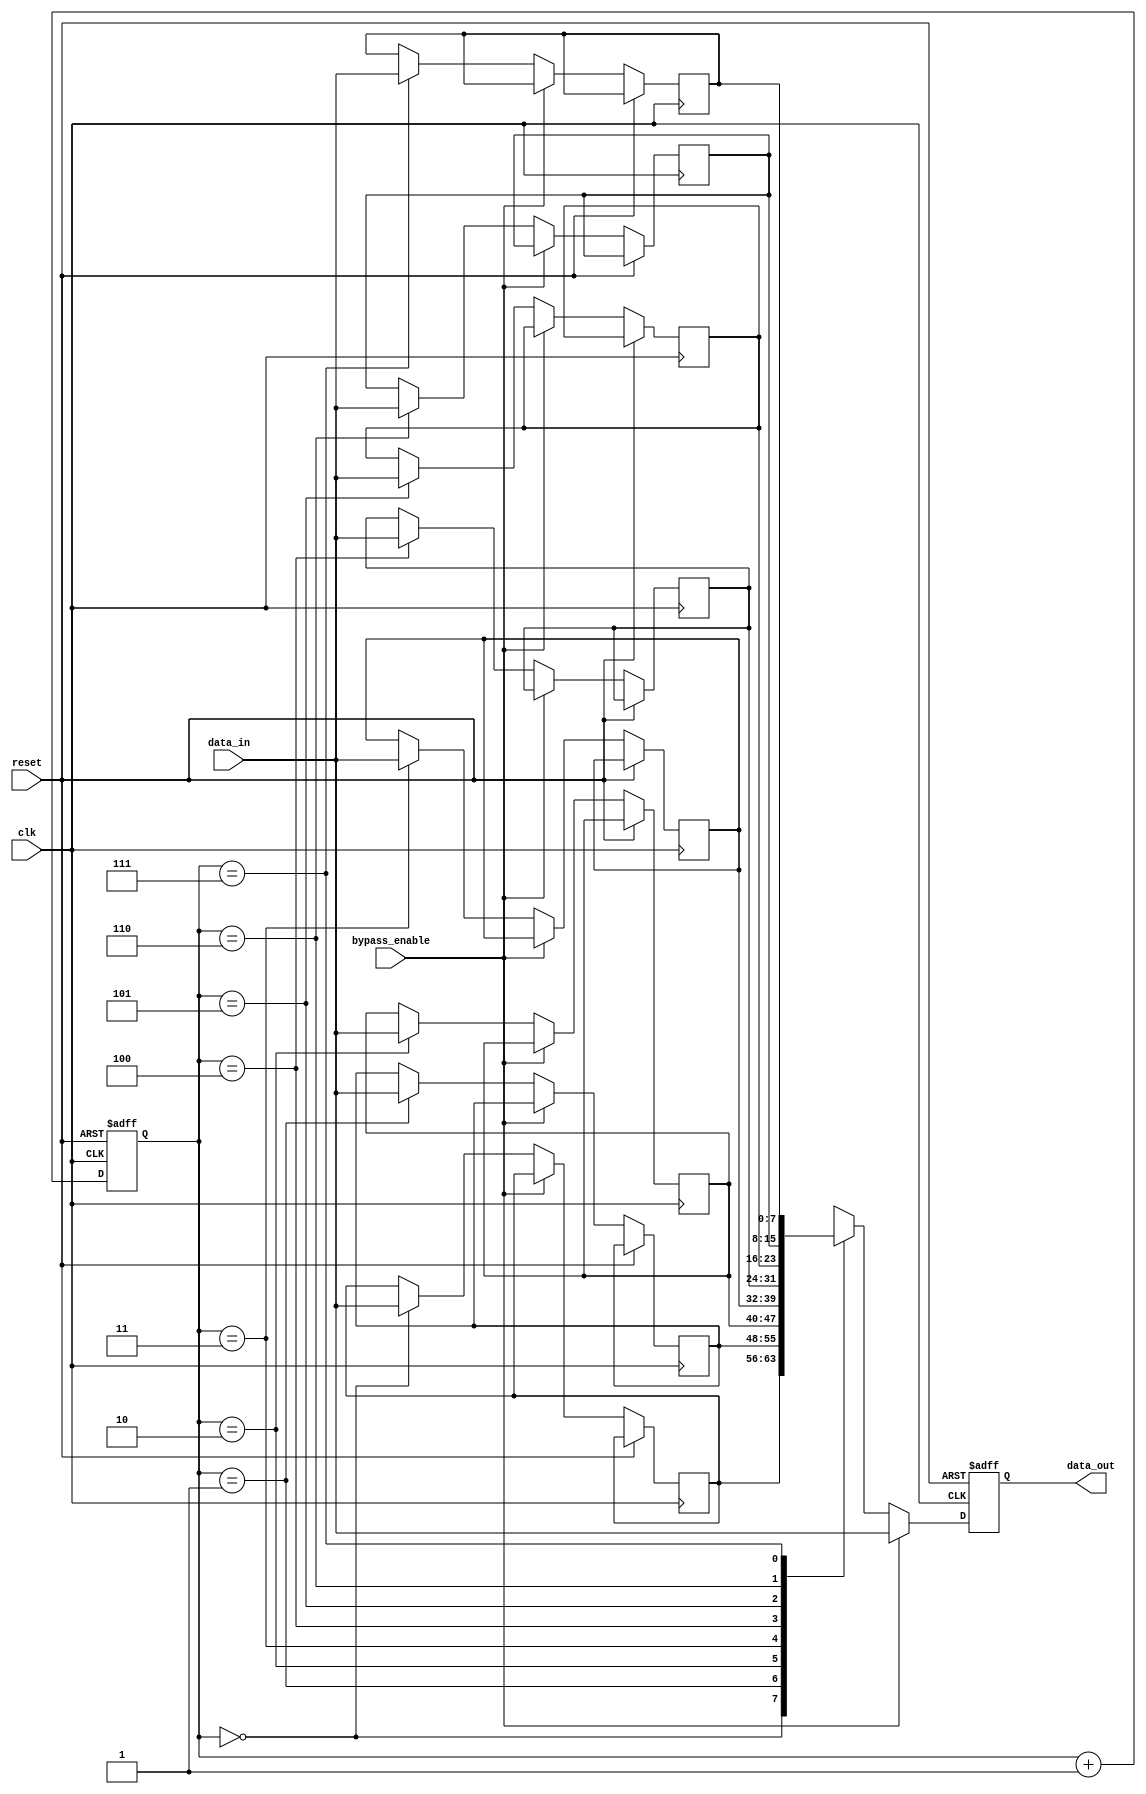
module variable_depth_bypass_register (
    input wire clk,
    input wire reset,
    input wire bypass_enable,
    input wire [7:0] data_in,
    output reg [7:0] data_out
);

parameter DEPTH = 8; // Default depth of the register

reg [7:0] register [0:DEPTH-1];
reg [2:0] count = 0;

always @(posedge clk or posedge reset) begin
    if (reset) begin
        count <= 0;
        data_out <= 8'b0;
    end else begin
        if (bypass_enable) begin
            data_out <= data_in;
        end else begin
            data_out <= register[count];
            register[count] <= data_in;
        end
        
        count <= count + 1;
        if (count == DEPTH) begin
            count <= 0;
        end
    end
end

endmodule